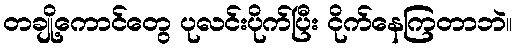
တချို့ကောင်တွေ ပုလင်းပိုက်ပြီး ငိုက်နေကြတာဘဲ။